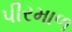
પીરમાળ